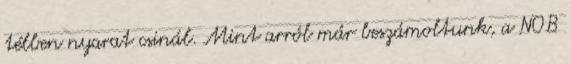
télben nyarat csinál. Mint arról már beszámoltunk, a NOB